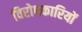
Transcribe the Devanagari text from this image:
विरोधकारियों